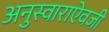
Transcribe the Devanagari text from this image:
अनुस्वाराऐवजी